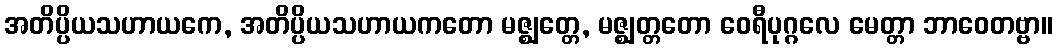
အတိပ္ပိယသဟာယကေ, အတိပ္ပိယသဟာယကတော မဇ္ဈတ္တေ, မဇ္ဈတ္တတော ဝေရီပုဂ္ဂလေ မေတ္တာ ဘာဝေတဗ္ဗာ။